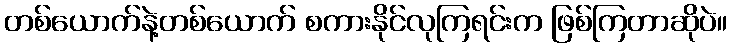
တစ်ယောက်နဲ့တစ်ယောက် စကားနိုင်လုကြရင်းက ဖြစ်ကြတာဆိုပဲ။